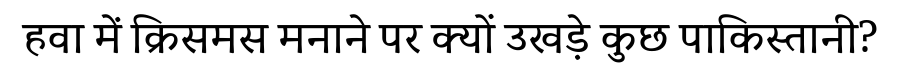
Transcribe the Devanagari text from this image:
हवा में क्रिसमस मनाने पर क्यों उखड़े कुछ पाकिस्तानी?